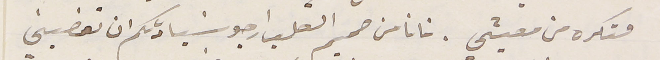
متكره من معيشي. فانا من صميم القلب ارجو سَيادتكم ان تعفيني